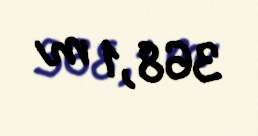
368,1 m